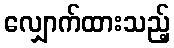
လျှောက်ထားသည့်